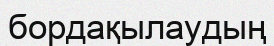
бордақылаудың